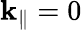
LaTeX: \mathbf{k}_{\| }=0